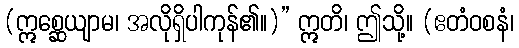
(ဣစ္ဆေယျာမ၊ အလိုရှိပါကုန်၏။)” ဣတိ၊ ဤသို့။ (ဧတံဝစနံ၊